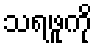
သရဖူကို